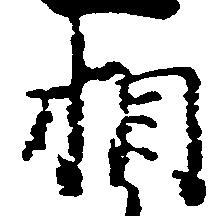
相